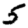
Digit: 5